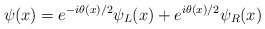
\begin{align*}\psi(x)=e^{-i\theta(x)/2}\psi_L(x)+e^{i\theta(x)/2}\psi_R(x)\end{align*}